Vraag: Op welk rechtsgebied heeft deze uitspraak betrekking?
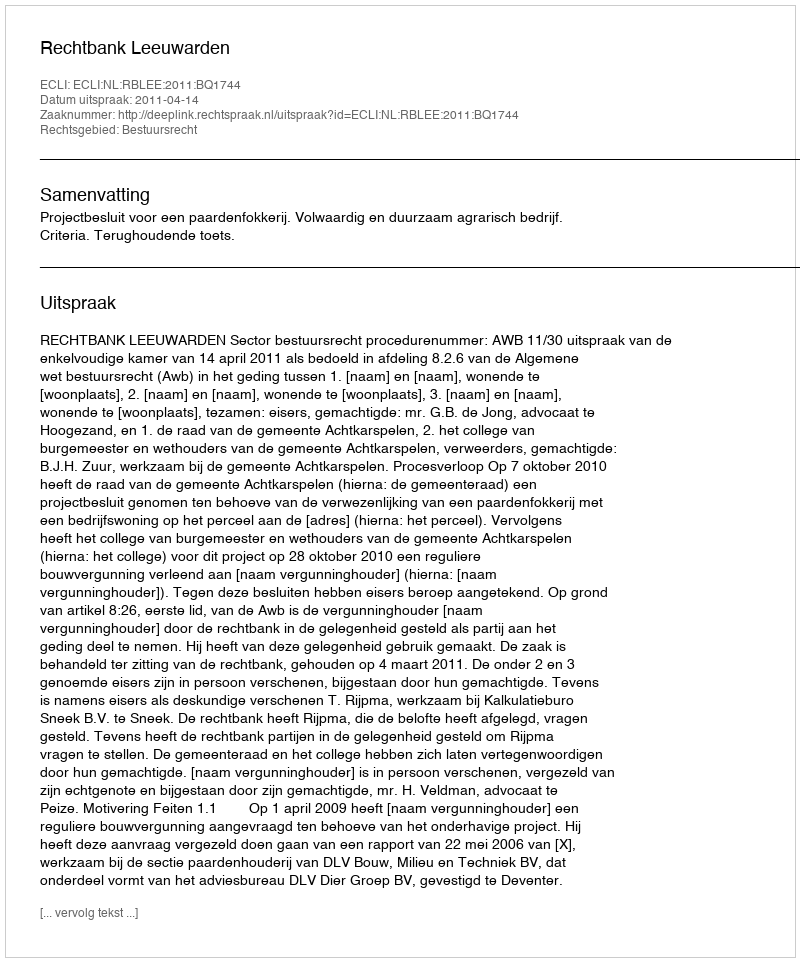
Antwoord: Bestuursrecht